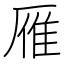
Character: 雁